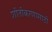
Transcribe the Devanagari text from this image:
शीतीकरणासाठी